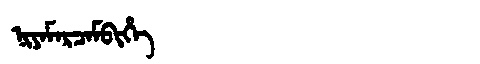
Manchu: ᠨᡳᠶᠠᠮᠠᡵᠴᠠᠮᠪᡳᡥᡝ
Romanization: NIYAMARCAMBIHE